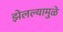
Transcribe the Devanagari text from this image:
झेलल्यामुळे